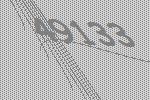
49133